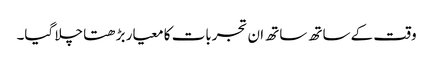
وقت کے ساتھ ساتھ ان تجربات کا معیار بڑھتا چلا گیا۔